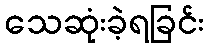
သေဆုံးခဲ့ရခြင်း